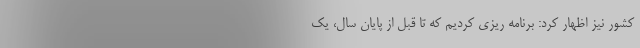
کشور نیز اظهار کرد: برنامه ریزی کردیم که تا قبل از پایان سال، یک